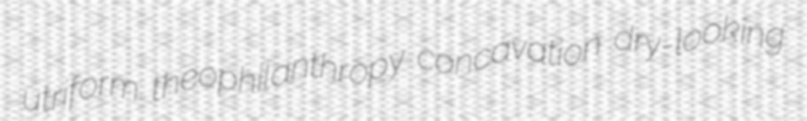
utriform theophilanthropy concavation dry-looking